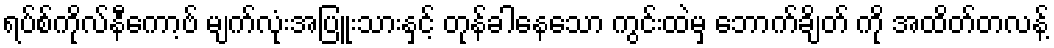
ရပ်စ်ကိုလ်နီကော့ဗ် မျက်လုံးအပြူးသားနှင့် တုန်ခါနေသော ကွင်းထဲမှ ဘောက်ချိတ် ကို အထိတ်တလန့်